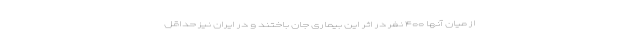
از میان آنها ۴۰۰ نفر در اثر این بیماری جان باختند و در ایران نیز حداقل